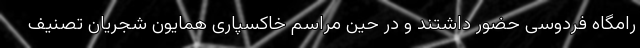
رامگاه فردوسی حضور داشتند و در حین مراسم خاکسپاری همایون شجریان تصنیف